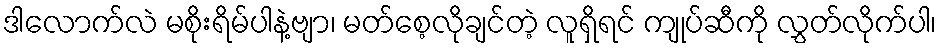
ဒါလောက်လဲ မစိုးရိမ်ပါနဲ့ဗျာ၊ မတ်စေ့လိုချင်တဲ့ လူရှိရင် ကျုပ်ဆီကို လွှတ်လိုက်ပါ၊